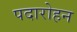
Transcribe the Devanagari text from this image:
पदारोहन